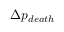
\Delta p _ { d e a t h }